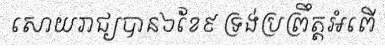
សោយរាជ្យបាន៦ខែ៩ ទ្រង់ប្រព្រឹត្តអំពើ